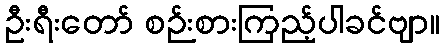
ဦးရီးတော် စဉ်းစားကြည့်ပါခင်ဗျာ။